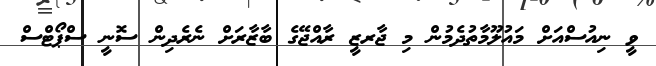
ވީ ނިއުސްއަށް މައުލޫމާތުދެމުން މި ޖާރޒީ ރާއްޖޭގެ ބާޒާރަށް ނެރެދިން ސޮނީ ސްޕޯޓްސް